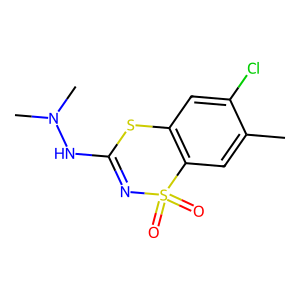
SMILES: Cc1cc2c(cc1Cl)SC(NN(C)C)=NS2(=O)=O
Inhibits HIV replication: No